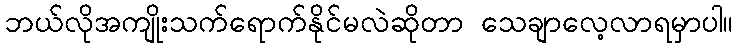
ဘယ်လိုအကျိုးသက်ရောက်နိုင်မလဲဆိုတာ သေချာလေ့လာရမှာပါ။